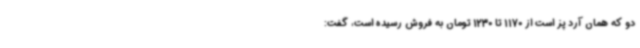
دو که همان آرد پز است از 1170 تا 1230 تومان به فروش رسیده است، گفت: